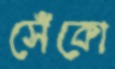
সেঁকো